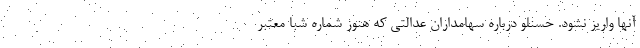
آنها واریز نشود. حسنلو درباره سهامداران عدالتی که هنوز شماره شبا معتبر